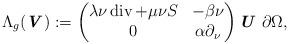
LaTeX: \begin{align*} \Lambda_{g} (\textbf{\textit{V}}) := \begin{pmatrix} \lambda\nu \operatorname{div} + \mu\nu S & -\beta \nu \\ 0 & \alpha\partial_\nu \end{pmatrix} \textbf{\textit{U}} \ \partial \Omega,\end{align*}